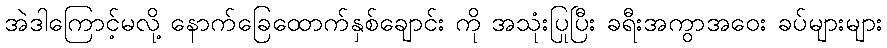
အဲဒါကြောင့်မလို့ နောက်ခြေထောက်နှစ်ချောင်း ကို အသုံးပြုပြီး ခရီးအကွာအဝေး ခပ်များများ